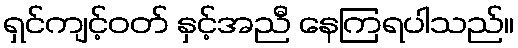
ရှင်ကျင့်ဝတ် နှင့်အညီ နေကြရပါသည်။